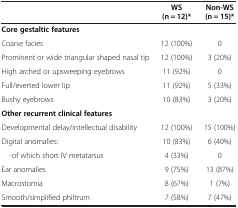
|  | WS (n = 12)* | Non-WS (n = 15)* |
 | --- | --- | --- |
 | <COLSPAN=3> Core gestaltic features |
 | Coarse facies | 12 (100%) | 0 |
 | Prominent or wide triangular shaped nasal tip | 12 (100%) | 3 (20%) |
 | High arched or upsweeping eyebrows | 11 (92%) | 0 |
 | Full/everted lower lip | 11 (92%) | 5 (33%) |
 | Bushy eyebrows | 10 (83%) | 3 (20%) |
 | <COLSPAN=3> Other recurrent clinical features |
 | Developmental delay/intellectual disability | 12 (100%) | 15 (100%) |
 | Digital anomalies: | 10 (83%) | 6 (40%) |
 | -of which short IV metatarsus | 4 (33%) | 0 |
 | Ear anomalies | 9 (75%) | 13 (87%) |
 | Macrostomia | 8 (67%) | 1 (7%) |
 | Smooth/simplified philtrum | 7 (58%) | 7 (47%) |